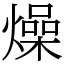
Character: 燥